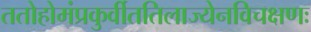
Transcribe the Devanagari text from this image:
ततोहोमंप्रकुर्वीततिलाज्येनविचक्षणः